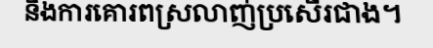
និងការគោរពស្រលាញ់ប្រសើរជាង។